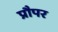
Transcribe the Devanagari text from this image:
प्रौपर